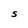
Character: S